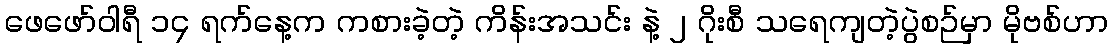
ဖေဖော်ဝါရီ ၁၄ ရက်နေ့က ကစားခဲ့တဲ့ ကိန်းအသင်း နဲ့ ၂ ဂိုးစီ သရေကျတဲ့ပွဲစဉ်မှာ မိုဗစ်ဟာ